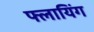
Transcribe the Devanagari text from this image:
फ्लायिंग